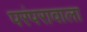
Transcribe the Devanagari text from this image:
परंपरावाला